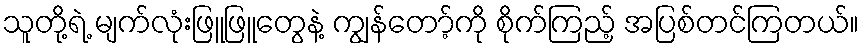
သူတို့ရဲ့ မျက်လုံးဖြူဖြူတွေနဲ့ ကျွန်တော့်ကို စိုက်ကြည့် အပြစ်တင်ကြတယ်။